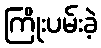
ကြိုးပမ်းခဲ့